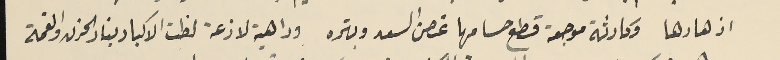
ازهارها وكارثة موجعة قطع حسامها غصن السعد وبتره وداهية لازعة لظت الاكباد بنار الحزن والغمة